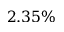
2 . 3 5 \%